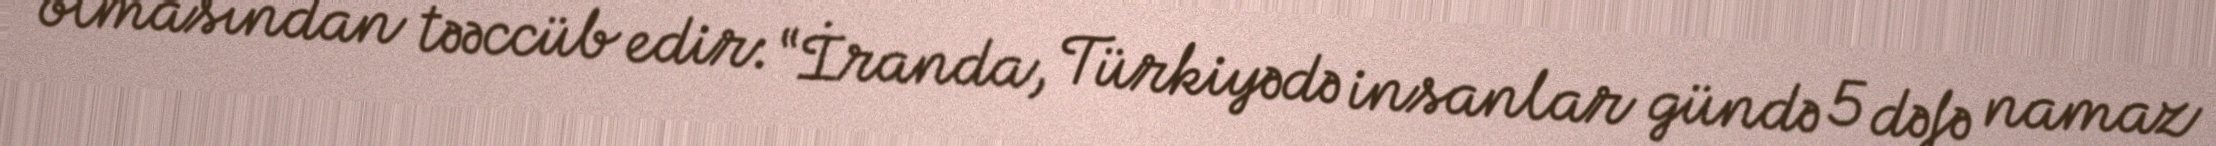
olmasından təəccüb edir: “İranda, Türkiyədə insanlar gündə 5 dəfə namaz